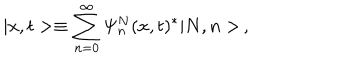
| x , t > \equiv \sum _ { n = 0 } ^ { \infty } \Psi _ { n } ^ { N } ( x , t ) ^ { * } | N , n > \, ,